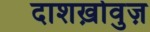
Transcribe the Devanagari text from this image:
दाशख़ोवुज़